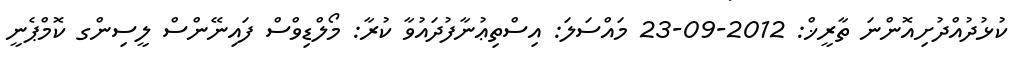
ކުޅުދުއްދުށިއޮންނަ ތާރީޚް: 2012-09-23 މައްސަލަ: އިސްތިޢުނާފުދައުވާ ކުރާ: މޯލްޑިވްސް ފައިނޭންސް ލީސިންގ ކޮމްޕެނީ